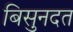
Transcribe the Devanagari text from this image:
बिसुनदत